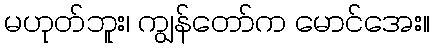
မဟုတ်ဘူး၊ ကျွန်တော်က မောင်အေး။